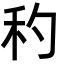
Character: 䄪